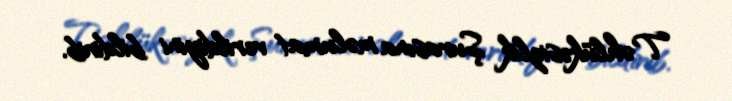
Təhlükəsizlik Şurasına məlumat verildiyini bildirib.